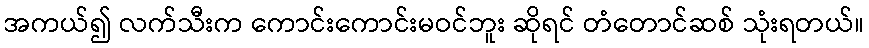
အကယ်၍ လက်သီးက ကောင်းကောင်းမဝင်ဘူး ဆိုရင် တံတောင်ဆစ် သုံးရတယ်။